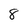
Character: 8